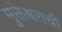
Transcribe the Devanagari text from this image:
मुक्तेश्वराची